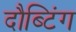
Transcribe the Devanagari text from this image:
दौब्टिंग